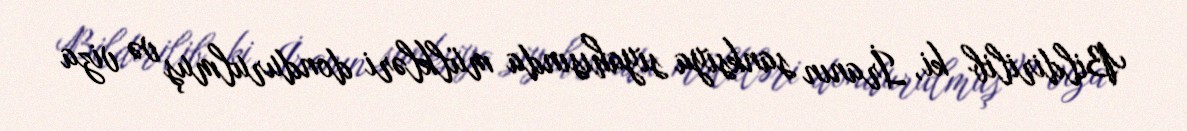
Bildirilib ki, İranın sanksiya siyahısında mülkləri dondurulmuş və viza